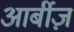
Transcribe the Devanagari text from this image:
आर्बीज़